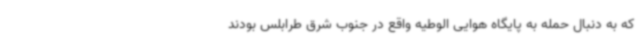
که به دنبال حمله به پایگاه هوایی الوطیه واقع در جنوب شرق طرابلس بودند